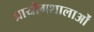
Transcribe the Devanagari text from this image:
प्रायोगशालाओं